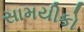
સામયીકો